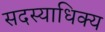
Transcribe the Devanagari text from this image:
सदस्याधिक्य